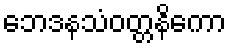
ဘေဒနသံဝတ္တနိကော